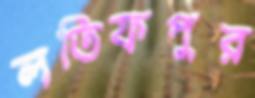
লতিফপুর